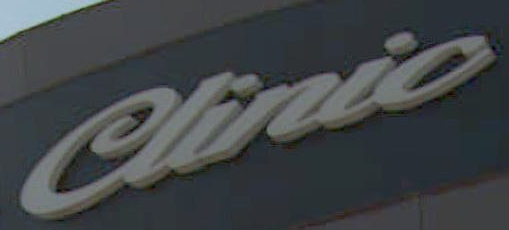
Clinic